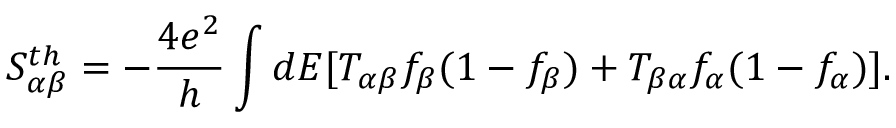
{ S _ { \alpha \beta } ^ { t h } } = - \frac { 4 e ^ { 2 } } { h } \int d E [ T _ { \alpha \beta } f _ { \beta } ( 1 - f _ { \beta } ) + T _ { \beta \alpha } f _ { \alpha } ( 1 - f _ { \alpha } ) ] .